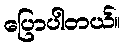
ပြောပါတယ်။